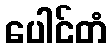
ပေါင်တံ